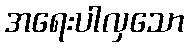
အရေးပါလှသော